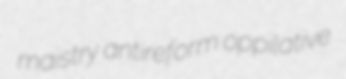
maistry antireform oppilative